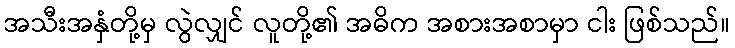
အသီးအနှံတို့မှ လွဲလျှင် လူတို့၏ အဓိက အစားအစာမှာ ငါး ဖြစ်သည်။